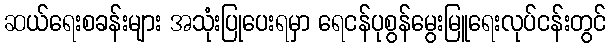
ဆယ်ရေးစခန်းများ အသုံးပြုပေးရမှာ ရေငန်ပုစွန်မွေးမြူရေးလုပ်ငန်းတွင်